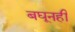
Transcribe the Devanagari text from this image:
बघूनही